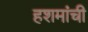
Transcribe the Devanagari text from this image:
हशमांची